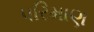
પરિમાણ